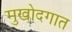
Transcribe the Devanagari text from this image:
मुखोदगात